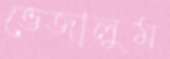
ভেজালুম